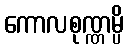
ကောလစုဏ္ဏမ္ပိ